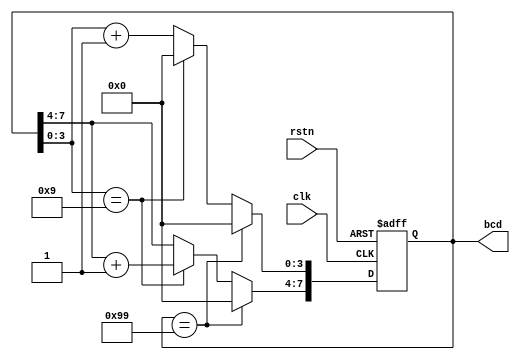
// BCD
module bcdcounter8(clk, rstn, bcd);
    // 
    input clk, rstn;          // clkrstn
    output [7:0] bcd;         // 8BCD

    // 
    reg [7:0] bcd;            // 8BCD

    // 
    always @(posedge clk or negedge rstn)
    begin
        if (!rstn)
            bcd <= 8'h00;     // BCD
        else begin
            if (bcd == 8'h99) 
                bcd <= 8'h00; // 9900
            else if (bcd[3:0] == 4'h9) begin
                bcd[7:4] <= bcd[7:4] + 1'b1; // 91
                bcd[3:0] <= 4'h0;            // 0
            end
            else begin
                bcd[7:4] <= bcd[7:4];        // 
                bcd[3:0] <= bcd[3:0] + 1'b1; // 1
            end
        end
    end
endmodule

// BCD
// 99BCD9900
// 1901
//